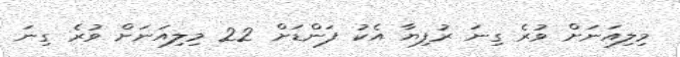
މިލިއަނަށް ވުރެ ގިނަ ރުފިޔާ އެކު ފަންޑަށް 22 މިލިއަނަށް ވުރެ ގިނަ